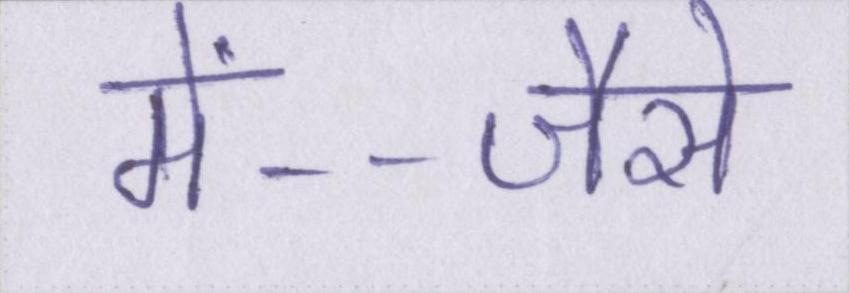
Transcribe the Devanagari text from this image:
में--जैसे